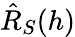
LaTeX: \hat{R}_{S}(h)